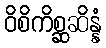
ဝိစိကိစ္ဆဆိန္နံ